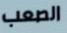
الصعب